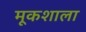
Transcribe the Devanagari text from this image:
मूकशाला